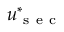
\boldsymbol u _ { \mathrm { ~ s ~ e ~ c ~ } } ^ { * }